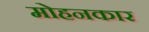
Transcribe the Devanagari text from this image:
मोहनकार